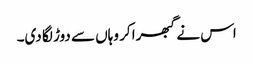
اس نے گبھرا کر وہاں سے دوڑ لگا دی۔